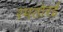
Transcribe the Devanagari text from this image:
रमतोरई